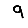
Digit: 9